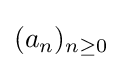
{\textstyle (a_{n})_{n\geq 0}}